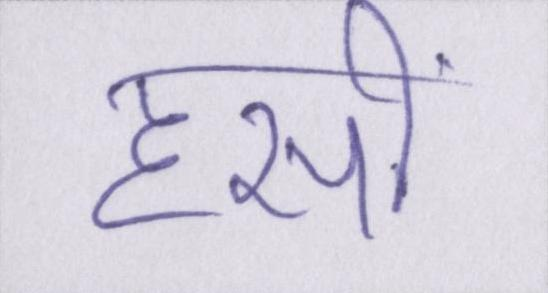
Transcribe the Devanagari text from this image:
हसीं